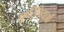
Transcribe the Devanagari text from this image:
कुरिचियाओं